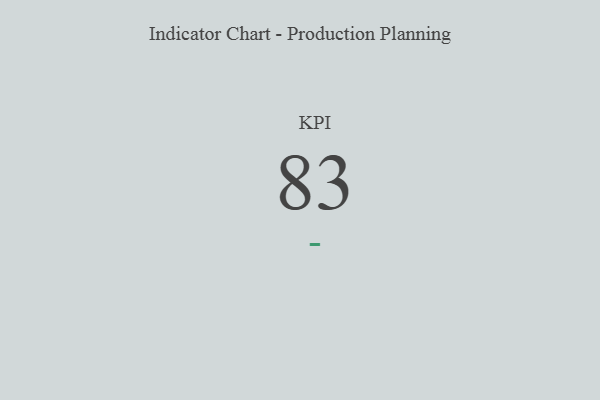
{"axis": {"x": "KPI", "y": "Value"}, "legend": [""], "data": [{"x": "KPI", "y": 83, "type": ""}]}